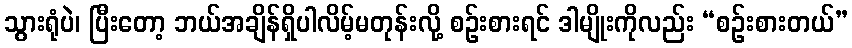
သွားရုံပဲ၊ ပြီးတော့ ဘယ်အချိန်ရှိပါလိမ့်မတုန်းလို့ စဉ်းစားရင် ဒါမျိုးကိုလည်း “စဉ်းစားတယ်”